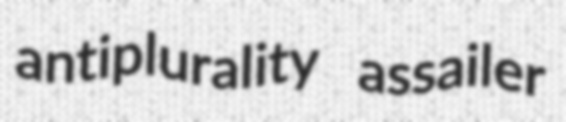
antiplurality assailer